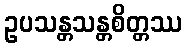
ဥပသန္တသန္တစိတ္တဿ